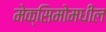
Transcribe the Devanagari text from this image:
मेक्सिमोमधील